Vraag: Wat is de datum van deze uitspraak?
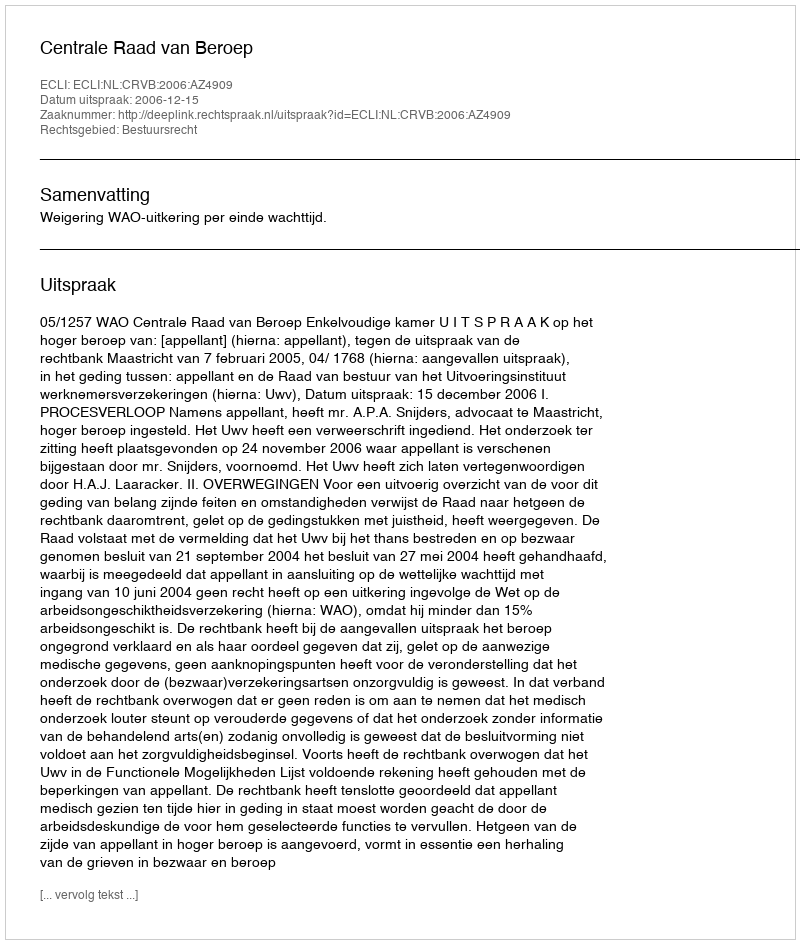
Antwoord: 2006-12-15